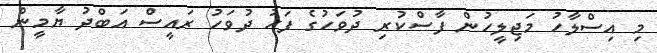
މި އިސްލާހު މަޖިލީހުން ފާސްކުރި ދުވަހުގެ ފަހު ދުވަހު ރައީސް އަބްދު ޔާމީން